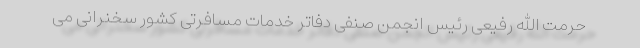
حرمت الله رفیعی رئیس انجمن صنفی دفاتر خدمات مسافرتی کشور سخنرانی می